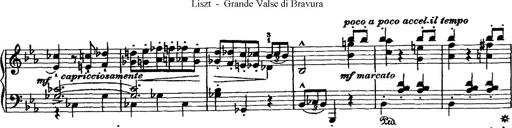
Title: Grande valse di bravura
Composer: Franz Liszt